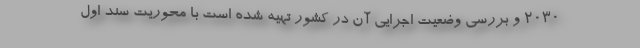
۲۰۳۰ و بررسی وضعیت اجرایی آن در کشور تهیه شده است با محوریت سند اول